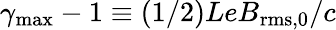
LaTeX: \gamma_{\mathrm{max}}-1\equiv(1/2)LeB_{\mathrm{rms},0}/c